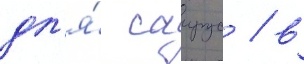
дл'я́ саирус / в